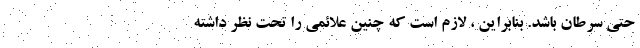
حتی سرطان باشد. بنابراین ، لازم است که چنین علائمی را تحت نظر داشته